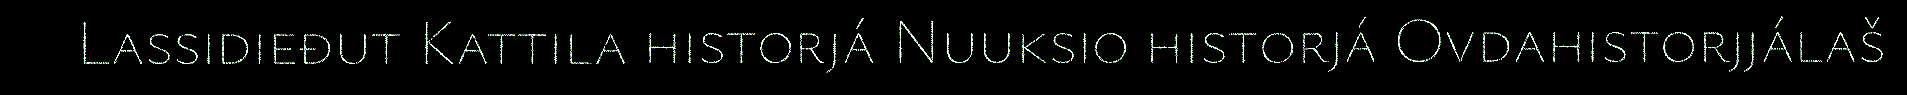
Lassidieđut Kattila historjá Nuuksio historjá Ovdahistorjjálaš